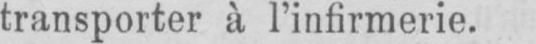
transporter à l’infirmerie.